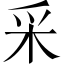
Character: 采